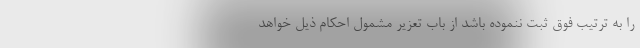
را به ترتیب فوق ثبت ننموده باشد از باب تعزیر مشمول احکام ذیل خواهد